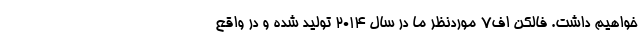
خواهیم داشت. فالکن اف7 موردنظر ما در سال 2014 تولید شده و در واقع